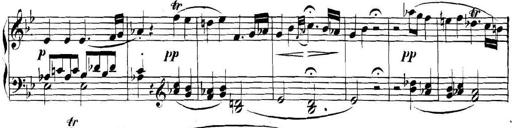
Title: Collected Piano Sonatas
Composer: Muzio Clementi